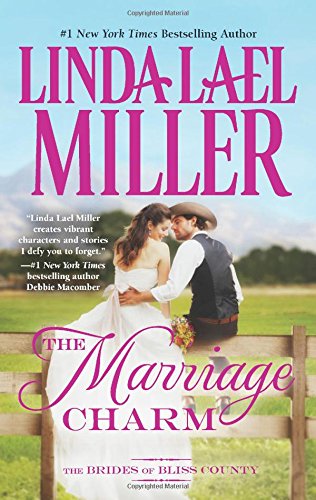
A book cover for The Marriage Charm (The Brides of Bliss County); Linda Lael Miller; Romance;